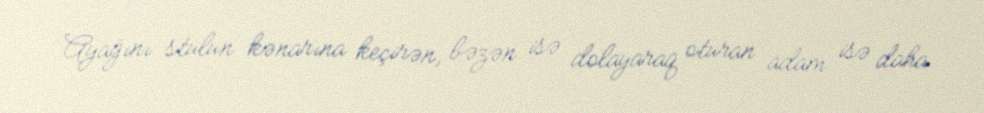
Ayağını stulun kənarına keçirən, bəzən isə dolayaraq oturan adam isə daha